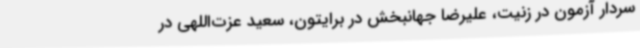
سردار آزمون در زنیت، علیرضا جهانبخش در برایتون، سعید عزت‌اللهی در